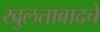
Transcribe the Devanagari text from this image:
खुलताबादचे